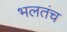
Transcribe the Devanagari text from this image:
भलतंच